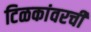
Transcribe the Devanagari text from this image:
टिळकांवरची